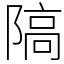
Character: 䧚